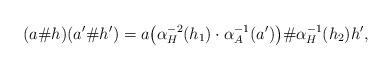
LaTeX: \begin{gather*} (a\# h)(a^{\prime }\# h^{\prime })=a\big(\alpha _H^{-2}(h_1) \cdot \alpha_A^{-1}(a^{\prime })\big)\# \alpha_H^{-1}(h_2)h^{\prime },\end{gather*}